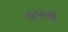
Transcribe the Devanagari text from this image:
उत्पवी